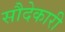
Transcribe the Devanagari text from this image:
सौदेकारी